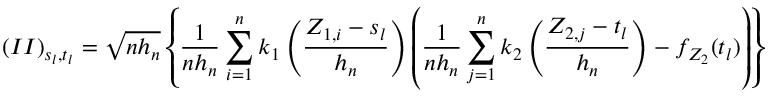
( I I ) _ { s _ { l } , t _ { l } } = \sqrt { n h _ { n } } \left\{ \frac { 1 } { n h _ { n } } \sum _ { i = 1 } ^ { n } k _ { 1 } \left( \frac { Z _ { 1 , i } - s _ { l } } { h _ { n } } \right) \left( \frac { 1 } { n h _ { n } } \sum _ { j = 1 } ^ { n } k _ { 2 } \left( \frac { Z _ { 2 , j } - t _ { l } } { h _ { n } } \right) - f _ { Z _ { 2 } } ( t _ { l } ) \right) \right\}